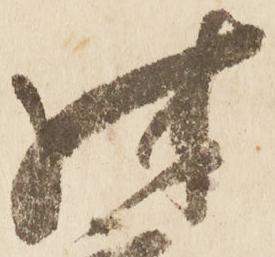
殊